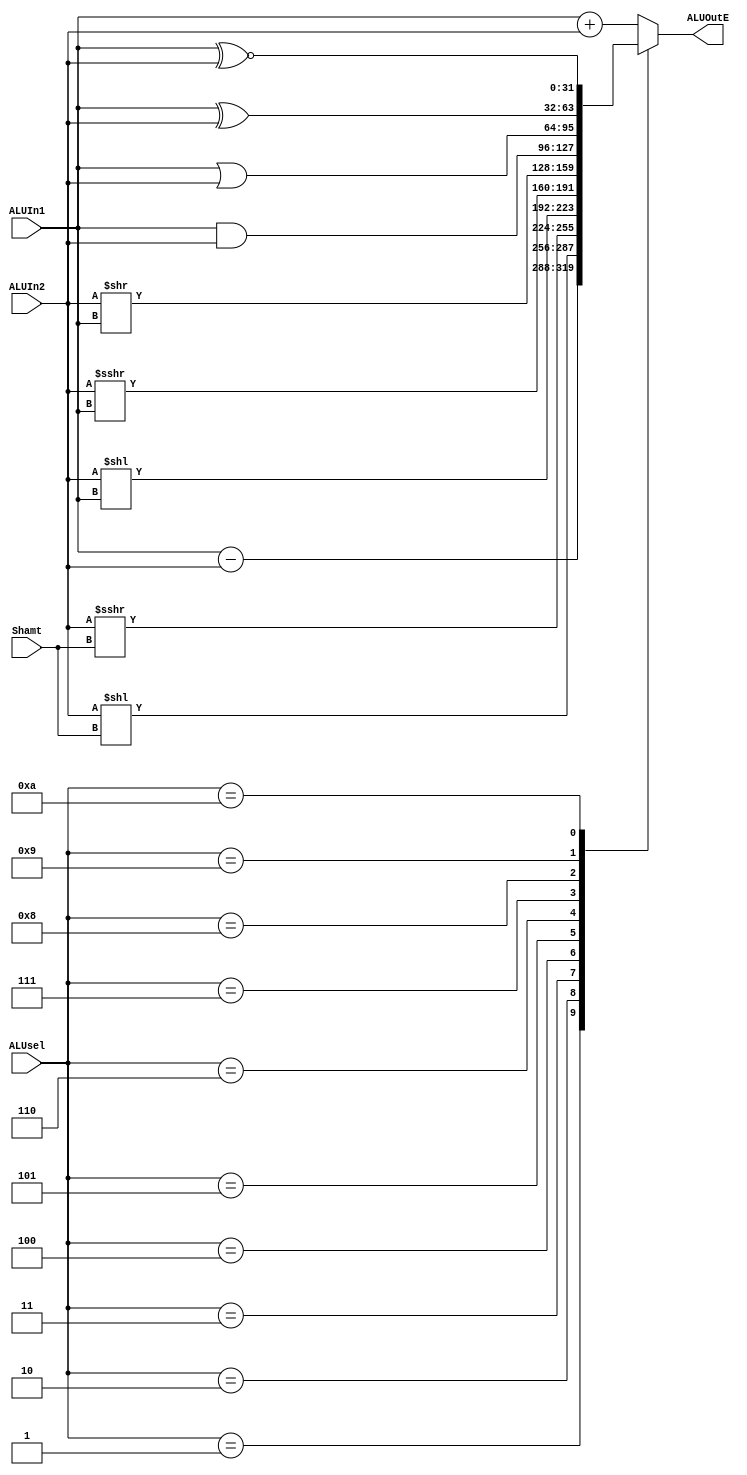
`timescale 1ns / 1ps
/*
    ALU Unit with 2 out registers 
    Purely Combinational Logic Bruh
*/
module ALU (input [3:0] ALUsel,
            input [4:0] Shamt,
            input [31:0] ALUIn1, ALUIn2,
            output reg [31:0] ALUOutE);
            
//Internal wire/reg definitions:
wire [31:0] ALUOp0, ALUOp1, ALUOp2, ALUOp3, ALUOp4, ALUOp5, 
            ALUOp6, ALUOp7, ALUOp8, ALUOp9, ALUOpA; 

//Operation Assignments:
assign ALUOp0 = ALUIn1 + ALUIn2;    //Addition
assign ALUOp1 = ALUIn1 - ALUIn2;    //Subtraction
assign ALUOp2 = ALUIn2 << Shamt;    //Logical Left Shift
assign ALUOp3 = ALUIn2 >>> Shamt;   //Logical Right Shift
assign ALUOp4 = ALUIn2 << ALUIn1;   //Logical Variable Left Shift
assign ALUOp5 = ALUIn2 >>> ALUIn1;  //Logical Variable Right Shift
assign ALUOp6 = ALUIn2 >> ALUIn1;   //Arithmetic Variable Right Shift
assign ALUOp7 = ALUIn1 & ALUIn2;    //Bitwise AND
assign ALUOp8 = ALUIn1 | ALUIn2;    //Bitwise OR
assign ALUOp9 = ALUIn1 ^ ALUIn2;    //Bitwise XOR
assign ALUOpA = ALUIn1 ~^ ALUIn2;   //Bitwise XNOR

//Register Output
always @ *
    case (ALUsel)
    4'b0000: ALUOutE = ALUOp0;     //Addition
    4'b0001: ALUOutE = ALUOp1;     //Subtraction
    4'b0010: ALUOutE = ALUOp2;     //Logical Left Shift
    4'b0011: ALUOutE = ALUOp3;     //Logical Right Shift
    4'b0100: ALUOutE = ALUOp4;     //Logical Variable Left Shift
    4'b0101: ALUOutE = ALUOp5;     //Logical Variable Right Shift
    4'b0110: ALUOutE = ALUOp6;     //Arithmetic Variable Right Shift
    4'b0111: ALUOutE = ALUOp7;     //Bitwise AND
    4'b1000: ALUOutE = ALUOp8;     //Bitwise OR
    4'b1001: ALUOutE = ALUOp9;     //Bitwise XOR
    4'b1010: ALUOutE = ALUOpA;     //Bitwise XNOR
    default: ALUOutE = ALUOp0;     //Default: ADD
    endcase
        
endmodule